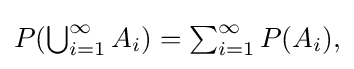
{\textstyle P(\bigcup _{i=1}^{\infty }A_{i})=\sum _{i=1}^{\infty }P(A_{i}),}